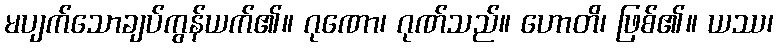
မပျက်သောချပ်ကွန်ယက်၏။ ဂုဏော၊ ဂုဏ်သည်။ ဟောတိ၊ ဖြစ်၏။ ယဿ၊